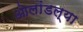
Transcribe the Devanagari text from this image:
ओलांडल्या